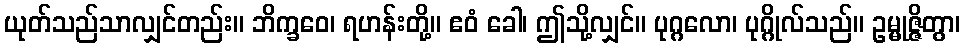
ယုတ်သည်သာလျှင်တည်း။ ဘိက္ခဝေ၊ ရဟန်းတို့။ ဧဝံ ခေါ၊ ဤသို့လျှင်။ ပုဂ္ဂလော၊ ပုဂ္ဂိုလ်သည်။ ဥမ္မုဇ္ဇိတွာ၊